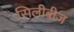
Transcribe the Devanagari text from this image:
सिलीबीज